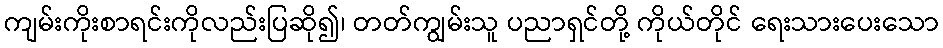
ကျမ်းကိုးစာရင်းကိုလည်းပြဆို၍၊ တတ်ကျွမ်းသူ ပညာရှင်တို့ ကိုယ်တိုင် ရေးသားပေးသော